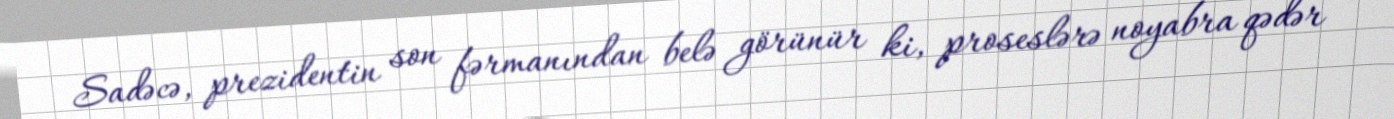
Sadəcə, prezidentin son fərmanından belə görünür ki, proseslərə noyabra qədər